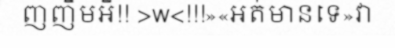
ញញឹមអី!! >w<!!!»«អត់មានទេ»វា